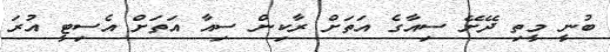
ބުނީ މީތި ދޭށޭ ސިއާގެ އަތަަށް ރާކިން ސިއާ އަތަށް އެސިޓީ އުރަ